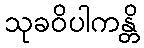
သုခဝိပါကန္တိ